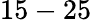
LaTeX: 15-25